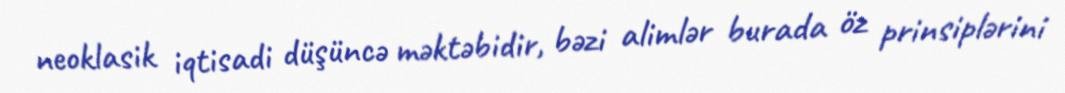
neoklasik iqtisadi düşüncə məktəbidir, bəzi alimlər burada öz prinsiplərini